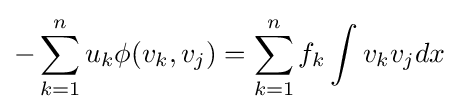
-\sum _{k=1}^{n}u_{k}\phi (v_{k},v_{j})=\sum _{k=1}^{n}f_{k}\int v_{k}v_{j}dx